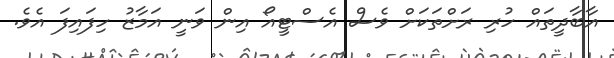
އާބާދީތައް ހުރި ރަށްތަކަށް ވެސް އެސްޓީއޯ އިން ވަނީ އަމާޒު ހިފައިފަ އެވެ.